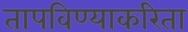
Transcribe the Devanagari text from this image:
तापविण्याकरिता